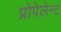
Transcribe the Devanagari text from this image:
प्रोपेलेन्ट